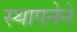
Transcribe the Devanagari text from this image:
स्‍थापनेने